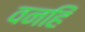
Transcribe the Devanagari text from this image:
वनहिं